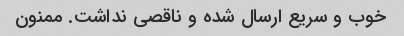
خوب و سریع ارسال شده و ناقصی نداشت. ممنون